Vaccination in Bombay 1902-1912 - 1902-1912
Year: 1902
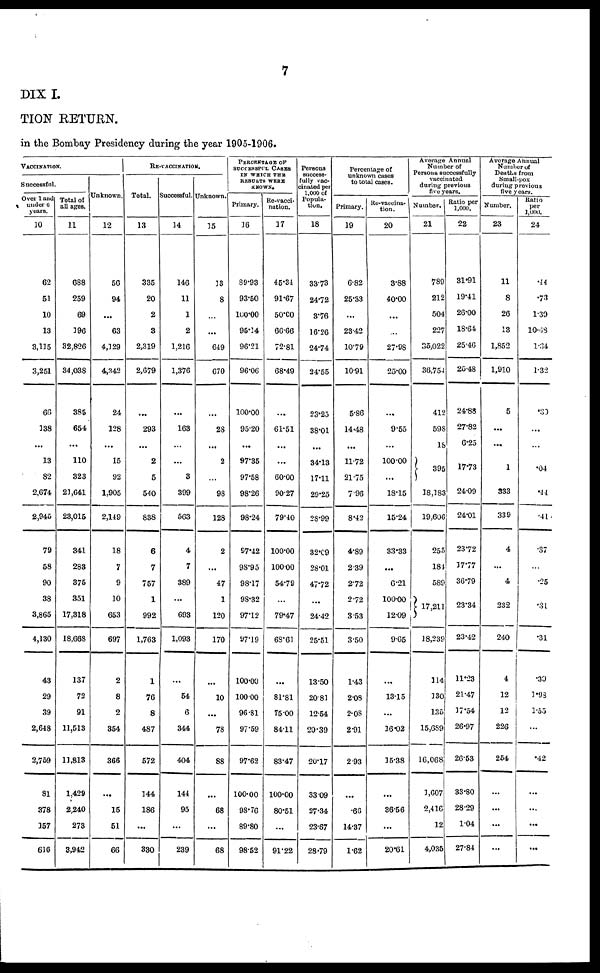
7
DIX I.
TION RETURN.
in the Bombay Presidency during the year 1905-1906.
VACCINATION.
Successful.
Over 1 and
under 6
years.
10
62
51
10
13
3,115
3,251
66
138
...
13
82
2,674
2,945
79
58
90
38
3,865
4,130
43
29
39
2,648
2,759
81
378
157
616
Total of
all ages.
11
688
259
69
196
32,826
34,038
385
654
...
110
323
21,641
23,015
341
283
375
351
17,318
18,668
137
72
91
11,513
11,813
1,429
2,240
273
3,942
Unknown.
12
56
94
...
63
4,129
4,342
24
128
...
15
92
1,905
2,149
18
7
9
10
653
697
2
8
2
354
366
...
15
51
66
RE-VACCINATION.
Total.
13
335
20
2
3
2,319
2,679
...
293
...
2
5
540
838
6
7
757
1
992
1,763
1
76
8
487
572
144
186
...
330
Successful.
14
146
11
1
2
1,216
1,376
...
163
...
...
3
399
563
4
7
389
...
693
1,093
...
54
6
344
404
144
95
...
239
Unknown.
15
13
8
...
...
649
670
...
28
...
2
...
98
128
2
...
47
1
120
170
...
10
...
78
88
...
68
...
68
PERCENTAGE OF
SUCCESSFUL CASES
IN WHICH THE
RESULTS WERE
KNOWN.
Primary.
16
89.93
93.50
100.00
95.14
96.21
96.06
100.00
95.20
...
97.35
97.58
98.26
98.24
97.42
98.95
98.17
98.32
97.12
97.19
100.00
100.00
96.81
97.59
97.62
100.00
98.76
89.80
98.52
Re-vacci-
nation.
17
45.34
91.67
50.00
66.66
72.81
68.49
...
61.51
...
...
60.00
90.27
79.40
100.00
100.00
54.79
...
79.47
68.61
...
81.81
75.00
84.11
83.47
100.00
80.51
...
91.22
Persons
success-
fully vac-
cinated per
1,000 of
Popula-
tion.
18
33.73
24.72
3.76
16.26
24.74
24.55
23.25
38.01
...
34.13
17.11
29.25
28.99
32.09
28.01
47.72
...
24.42
25.51
13.50
20.81
12.54
20.39
20.17
33.09
27.34
23.67
28.79
Percentage of
unknown cases
to total cases.
Primary.
19
6.82
25.33
...
23.42
10.79
10.91
5.86
14.48
...
11.72
21.75
7.96
8.42
4.89
2.39
2.72
2.72
3.53
3.50
1.43
2.08
2.08
2.91
2.93
...
.60
14.37
1.62
Re-vaccina-
tion.
20
3.8.
40.00
...
...
27.98
25.00
...
9.55
...
100.00
...
18.15
15.24
33.33
...
6.21
100.00
12.09
9.65
...
13.15
...
16.02
15.38
...
36.56
...
20.61
Average Annual
Number of
Persons successfully
vaccinated
during previous
five years.
Number.
21
789
212
504
227
35,022
36,754
412
598
18
395
18,183
19,606
255
184
589
17,211
18,239
114
130
135
15,689
16,068
1,607
2,416
12
4,035
Ratio per
1,000.
22
31.91
19.41
26.00
18.64
25.46
25.48
24.88
27.82
6.25
17.73
24.09
24.01
23.72
17.77
36.79
23.34
23.42
11.23
21.47
17.54
26.97
26.53
33.80
28.29
1.04
27.84
Average Annual
Number of
Deaths from
Small-pox
during previous
five years.
Number.
23
11
8
26
13
1,852
1,910
5
...
...
1
333
339
4
...
4
232
240
4
12
12
226
264
...
...
...
...
Ratio
per
1,000.
24
.44
.73
1.39
10.68
1.34
1.32
.30
...
...
.04
.44
.41
.37
...
.25
.31
.31
.30
1.93
1.55
...
.42
...
...
...
...